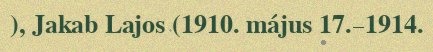
), Jakab Lajos (1910. május 17.–1914.